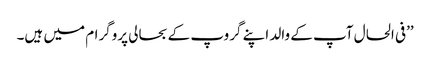
’’فی الحال آپ کے والد اپنے گروپ کے بحالی پروگرام میں ہیں۔